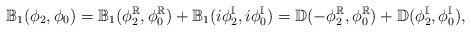
LaTeX: \begin{align*}\mathbb B_1 (\phi_{2},\phi_{0})=\mathbb B_1 (\phi_{2}^\mathbb{R},\phi_{0}^\mathbb{R})+\mathbb B_1 (i\phi_{2}^\mathbb{I},i\phi_{0}^\mathbb{I})={\mathbb D}(-\phi_{2}^\mathbb{R},\phi_{0}^\mathbb{R})+ {\mathbb D} (\phi_{2}^\mathbb{I},\phi_{0}^\mathbb{I}),\end{align*}